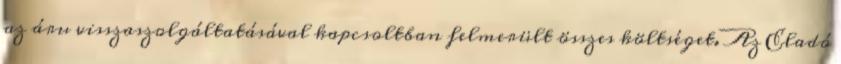
az áru visszaszolgáltatásával kapcsoltban felmerült összes költséget. Az Eladó